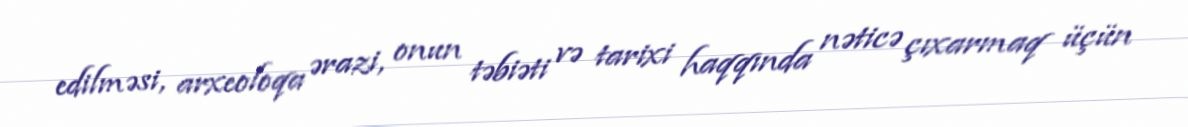
edilməsi, arxeoloqa ərazi, onun təbiəti və tarixi haqqında nəticə çıxarmaq üçün